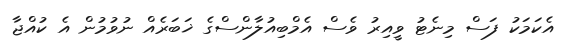
އެކަމަކު ފަސް މިނެޓު ވީއިރު ވެސް އެމްބިއުލާންސްގެ ޚަބަރެއް ނުވުމުން އެ ކުއްޖާ